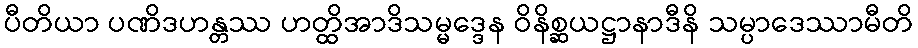
ပီတိယာ ပဏိဒဟန္တဿ ဟတ္ထိအာဒိသမ္မဒ္ဒေန ဝိနိစ္ဆယဋ္ဌာနာဒီနိ သမ္ပာဒေဿာမီတိ